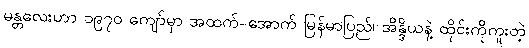
မန္တလေးဟာ ၁၉၇၀ ကျော်မှာ အထက်-အောက် မြန်မာပြည်၊ အိန္ဒိယနဲ့ ထိုင်းကိုကူးတဲ့